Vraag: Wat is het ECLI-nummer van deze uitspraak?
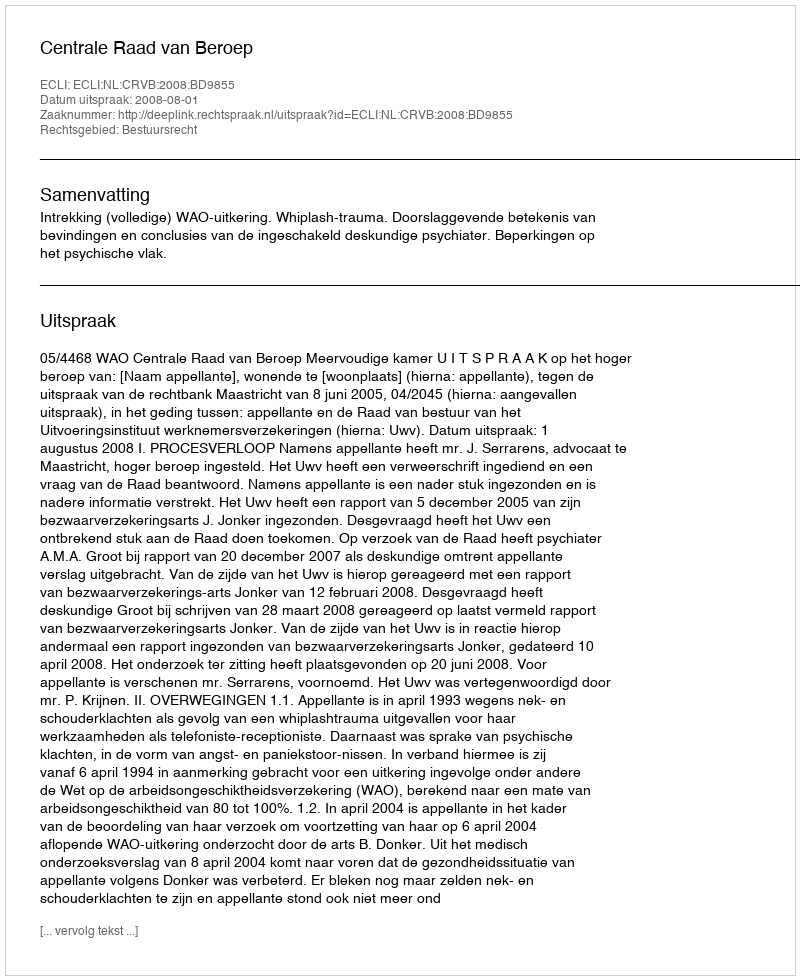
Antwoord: ECLI:NL:CRVB:2008:BD9855